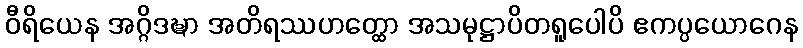
ဝီရိယေန အဂ္ဂိဒဍ္ဎာ အတိရဿဟတ္ထော အသမုဋ္ဌာပိတရူပေါပိ ဧကပ္ပယောဂေန